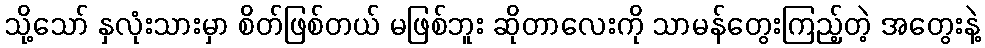
သို့သော် နှလုံးသားမှာ စိတ်ဖြစ်တယ် မဖြစ်ဘူး ဆိုတာလေးကို သာမန်တွေးကြည့်တဲ့ အတွေးနဲ့